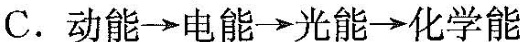
C. 动能\rightarrow 电能\rightarrow 光能\rightarrow 化学能